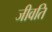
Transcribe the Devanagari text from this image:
जीवति